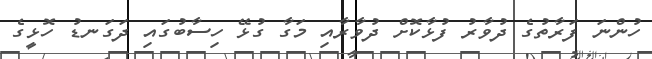
ހުންނަ ފަރާތުގެ ދުވާރު ފުޅާކޮށް ދުވާރާއި މަގާ ގުޅޭ ހިސާބުގައި ދަގަނޑު ހޮޅީގެ